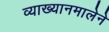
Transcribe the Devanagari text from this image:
व्याख्यानमालेने